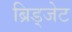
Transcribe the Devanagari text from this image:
ब्रिड्जेट